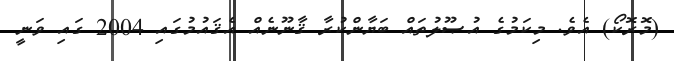
(މޮރޮކޯ) އެވެ. މިކަމުގެ އުޞޫލުތައް ބަޔާންކުރާ ޤާނޫނެއް އެޤައުމުގައި 2004 ގައި ވަނީ